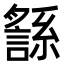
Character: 䌛